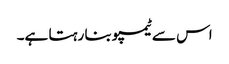
اس سے ٹیمپو بنا رہتا ہے۔